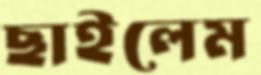
ছাইলেম